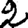
Digit: 2